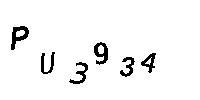
PU3934